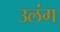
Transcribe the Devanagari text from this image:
उलंग